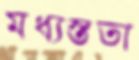
মধ্যস্ততা